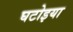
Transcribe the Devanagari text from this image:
घटोइया